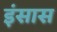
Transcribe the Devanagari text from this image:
इंसास